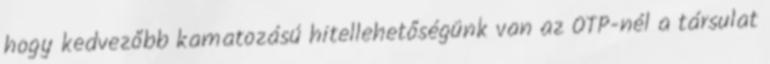
hogy kedvezőbb kamatozású hitellehetőségünk van az OTP-nél a társulat